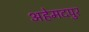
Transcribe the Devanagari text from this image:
अहेमदपुर